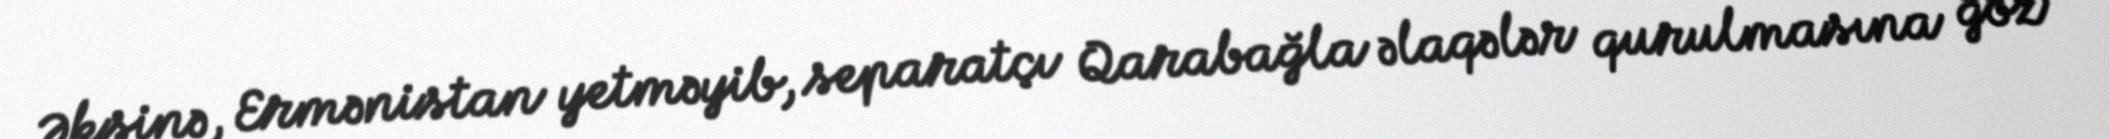
Əksinə, Ermənistan yetməyib, separatçı Qarabağla əlaqələr qurulmasına göz